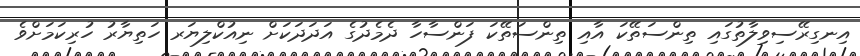
އިނގިރޭސިވިލާތުގައި ތިންސަތޭކަ އާއި ތިންސަތޭކަ ފަންސާހާ ދެމެދުގެ އަދަދަކަށް ނިއުކްލިޔަރ ހަތިޔާރު ހުރިކަމަށްވެ